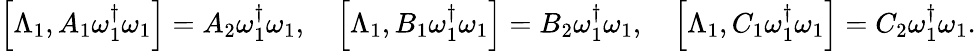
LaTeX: \begin{array}{r}{\left[\Lambda_{1},{A_{1}}\omega_{1}^{\dagger}\omega_{1}\right]={A_{2}}\omega_{1}^{\dagger}\omega_{1},\quad\left[\Lambda_{1},{B_{1}}\omega_{1}^{\dagger}\omega_{1}\right]={B_{2}}\omega_{1}^{\dagger}\omega_{1},\quad\left[\Lambda_{1},{C_{1}}\omega_{1}^{\dagger}\omega_{1}\right]={C_{2}}\omega_{1}^{\dagger}\omega_{1}.}\end{array}